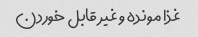
غذا مونده و غیر قابل خوردن